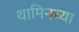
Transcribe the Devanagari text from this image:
थामिनच्या